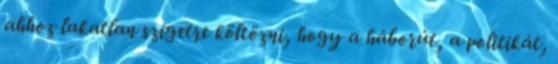
ahhoz lakatlan szigetre költözni, hogy a háborút, a politikát,